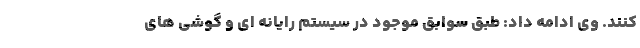
کنند. وی ادامه داد: طبق سوابق موجود در سیستم رایانه ای و گوشی های